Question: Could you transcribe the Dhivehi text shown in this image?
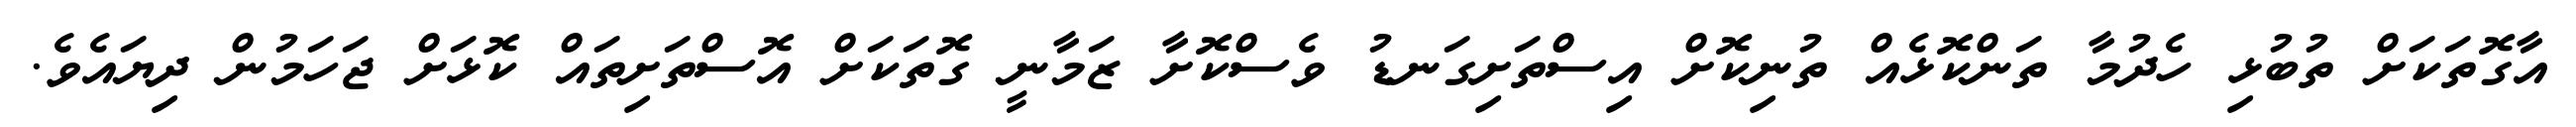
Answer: އާގޮތަކަށް ތުބުޅި ހެދުމާ ތަންކޮޅެއް ތުނިކޮށް އިސްތަށިގަނޑު ވެސްކޮށާ ޒަމާނީ ގޮތަކަށް އޮސްތަށިތައް ކޮޅަށް ޖަހަމުން ދިޔައެވެ.